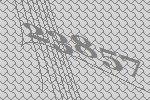
23857